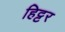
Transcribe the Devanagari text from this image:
हिट्टर